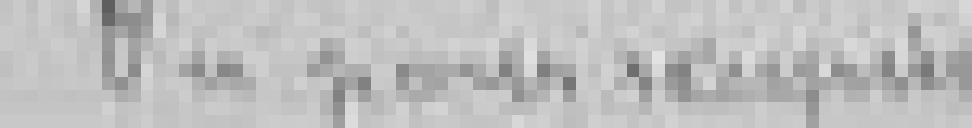
Vu pour récipissé